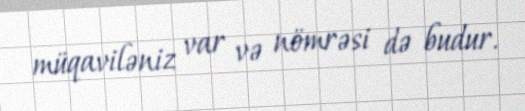
müqaviləniz var və nömrəsi də budur.